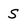
Character: S